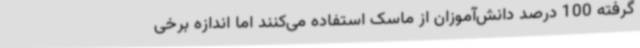
گرفته 100 درصد دانش‌آموزان از ماسک استفاده می‌کنند اما اندازه برخی